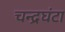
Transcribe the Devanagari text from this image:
चन्द्रघंटा